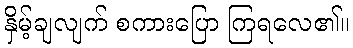
နှိမ့်ချလျက် စကားပြော ကြရလေ၏။